Report of the Bombay Veterinary College
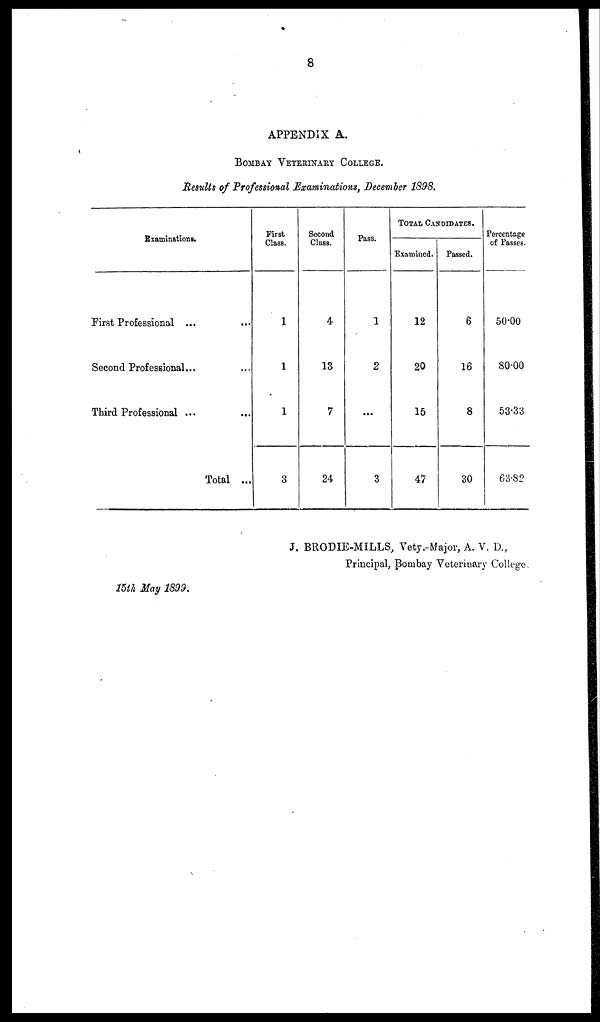
8
APPENDIX A.
BOMBAY VETERINARY COLLEGE.
Results of Professional Examinations, December 1898.
Examinations.
First Professional ...
Second Professional...
Third Professional ...
Total ...
First
Class.
1
1
1
3
Second
Class.
4
13
7
24
Pass.
1
2
...
3
TOTAL CANDIDATES.
Examined.
12
20
15
47
Passed.
6
16
8
30
Percentage
of Passes.
50.00
80.00
53.33
63.82
J. BRODIE-MILLS, Vety.-Major, A. V. D.,
Principal, Bombay Veterinary College,
15th May 1899.